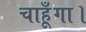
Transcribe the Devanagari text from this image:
चाहूँगा।